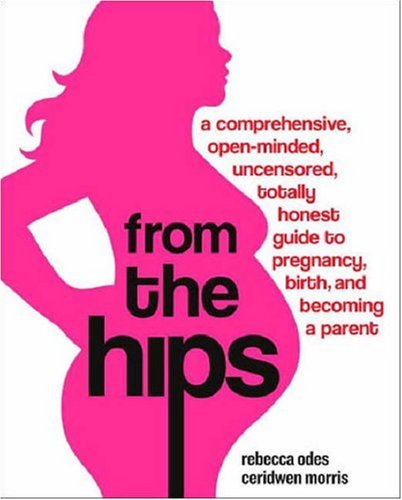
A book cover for From the Hips: A Comprehensive, Open-Minded, Uncensored, Totally Honest Guide to Pregnancy, Birth, and Becoming a Parent; Rebecca Odes; Health, Fitness & Dieting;